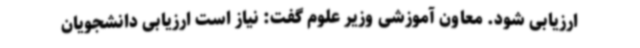
ارزیابی شود. معاون آموزشی وزیر علوم گفت: نیاز است ارزیابی دانشجویان